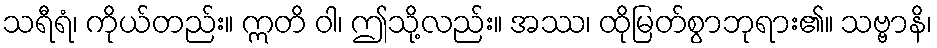
သရီရံ၊ ကိုယ်တည်း။ ဣတိ ဝါ၊ ဤသို့လည်း။ အဿ၊ ထိုမြတ်စွာဘုရား၏။ သဗ္ဗာနိ၊